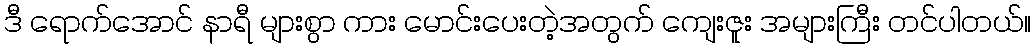
ဒီ ရောက်အောင် နာရီ များစွာ ကား မောင်းပေးတဲ့အတွက် ကျေးဇူး အများကြီး တင်ပါတယ်။